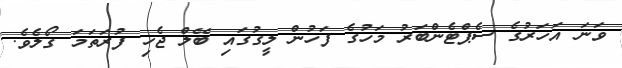
ވަނަ އަހަރުގެ ސެޕްޓެންބަރު މަހުގެ ފަހުން ލީގުގައި ބޭލް ޖެހި ފުރަތަމަ ގޯލެވެ.